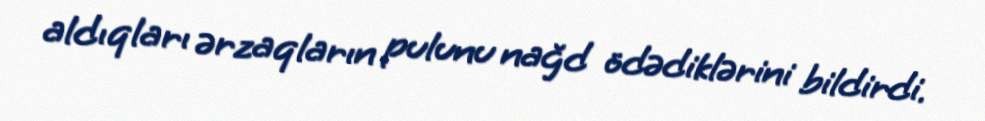
aldıqları ərzaqların pulunu nağd ödədiklərini bildirdi.